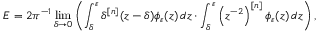
E = 2 \pi ^ { - 1 } \operatorname* { l i m } _ { \delta \to 0 } \left( \int _ { \delta } ^ { \varepsilon } \delta ^ { [ n ] } ( z - \delta ) \phi _ { \varepsilon } ( z ) \mathop { } \! { d { z } } \cdot \int _ { \delta } ^ { \varepsilon } \left( z ^ { - 2 } \right) ^ { [ n ] } \phi _ { \varepsilon } ( z ) \mathop { } \! { d { z } } \right) ,